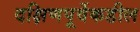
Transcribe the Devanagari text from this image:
दक्षिणपूर्वेकडील